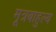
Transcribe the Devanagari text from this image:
मूत्रबाहुल्य